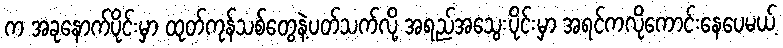
က အခုနောက်ပိုင်းမှာ ထုတ်ကုန်သစ်တွေနဲ့ပတ်သက်လို့ အရည်အသွေးပိုင်းမှာ အရင်ကလိုကောင်းနေပေမယ့်